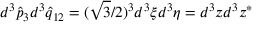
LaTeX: d ^ { 3 } { \hat { p } } _ { 3 } d ^ { 3 } { \hat { q } } _ { 1 2 } = ( { \sqrt 3 } / 2 ) ^ { 3 } d ^ { 3 } \xi d ^ { 3 } \eta = d ^ { 3 } z d ^ { 3 } z ^ { * }